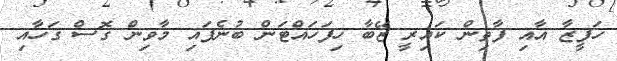
ހަފީޒާ އާއި ފާތިން ކައިރީ ޒޭބާ ހިފަހައްޓަން ބުނެފައި މާވިން ގޮސް ގަހާއި